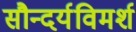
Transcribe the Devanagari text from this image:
सौन्दर्यविमर्श